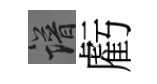
譜虧